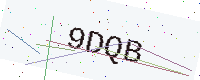
Text: 9DQB